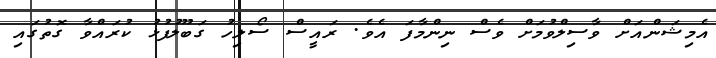
އެމިޝަންއަށް ވާސިލްވުމަށް ވެސް ނިންމާފަ އެވެ. ރައީސް ސޯލިހު ގަބޫލުފުޅު ކުރައްވާ ގޮތުގައި